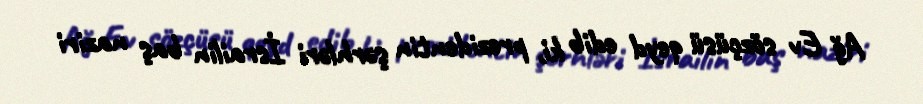
Ağ Ev sözçüsü qeyd edib ki, prezidentin şərhləri İsrailin baş naziri